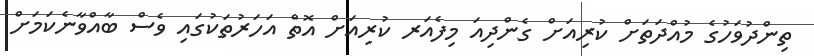
ތިންދުވަހުގެ މުއްދަތަށް ކުރިއަށް ގެންދިއަ މިފެއަރ ކުރިއަށް އޮތް އަހަރުތަކުގައި ވެސް ބާއްވާނެކަމަށް